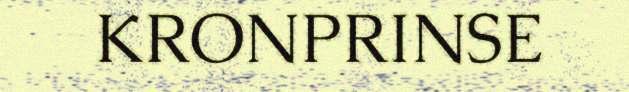
KRONPRINSE